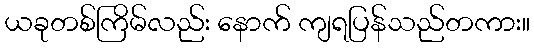
ယခုတစ်ကြိမ်လည်း နောက် ကျရပြန်သည်တကား။